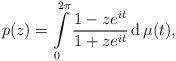
\begin{align*}p(z)=\int\limits_0^{2\pi}\frac{1- ze^{it}}{1+ze^{it}}\operatorname{d}\mu(t),\end{align*}